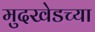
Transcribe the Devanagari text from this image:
मुदखेडच्या